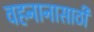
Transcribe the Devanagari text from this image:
वहनानासाठी